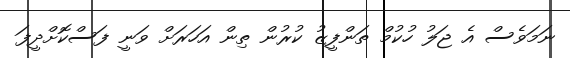
ނަމަވެސް އެ ޖަލު ހުކުމް ތަންފީޒު ކުރުން ތިން އަހަރަށް ވަނީ ފަސްކޮށްދީފަ